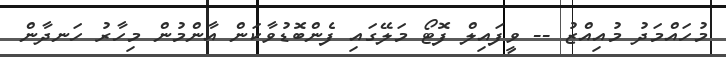
މުހައްމަދު މުއިއްޒު -- ވީފައިލް ފޮޓޯ މަލޭގައި ފެންބޮޑުވާކަން އާންމުން މިހާރު ހަނދާން